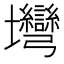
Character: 壪